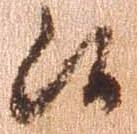
候